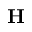
\mathbf { H }